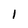
Character: I